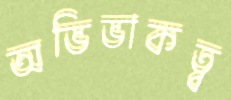
অভিভাকত্ব